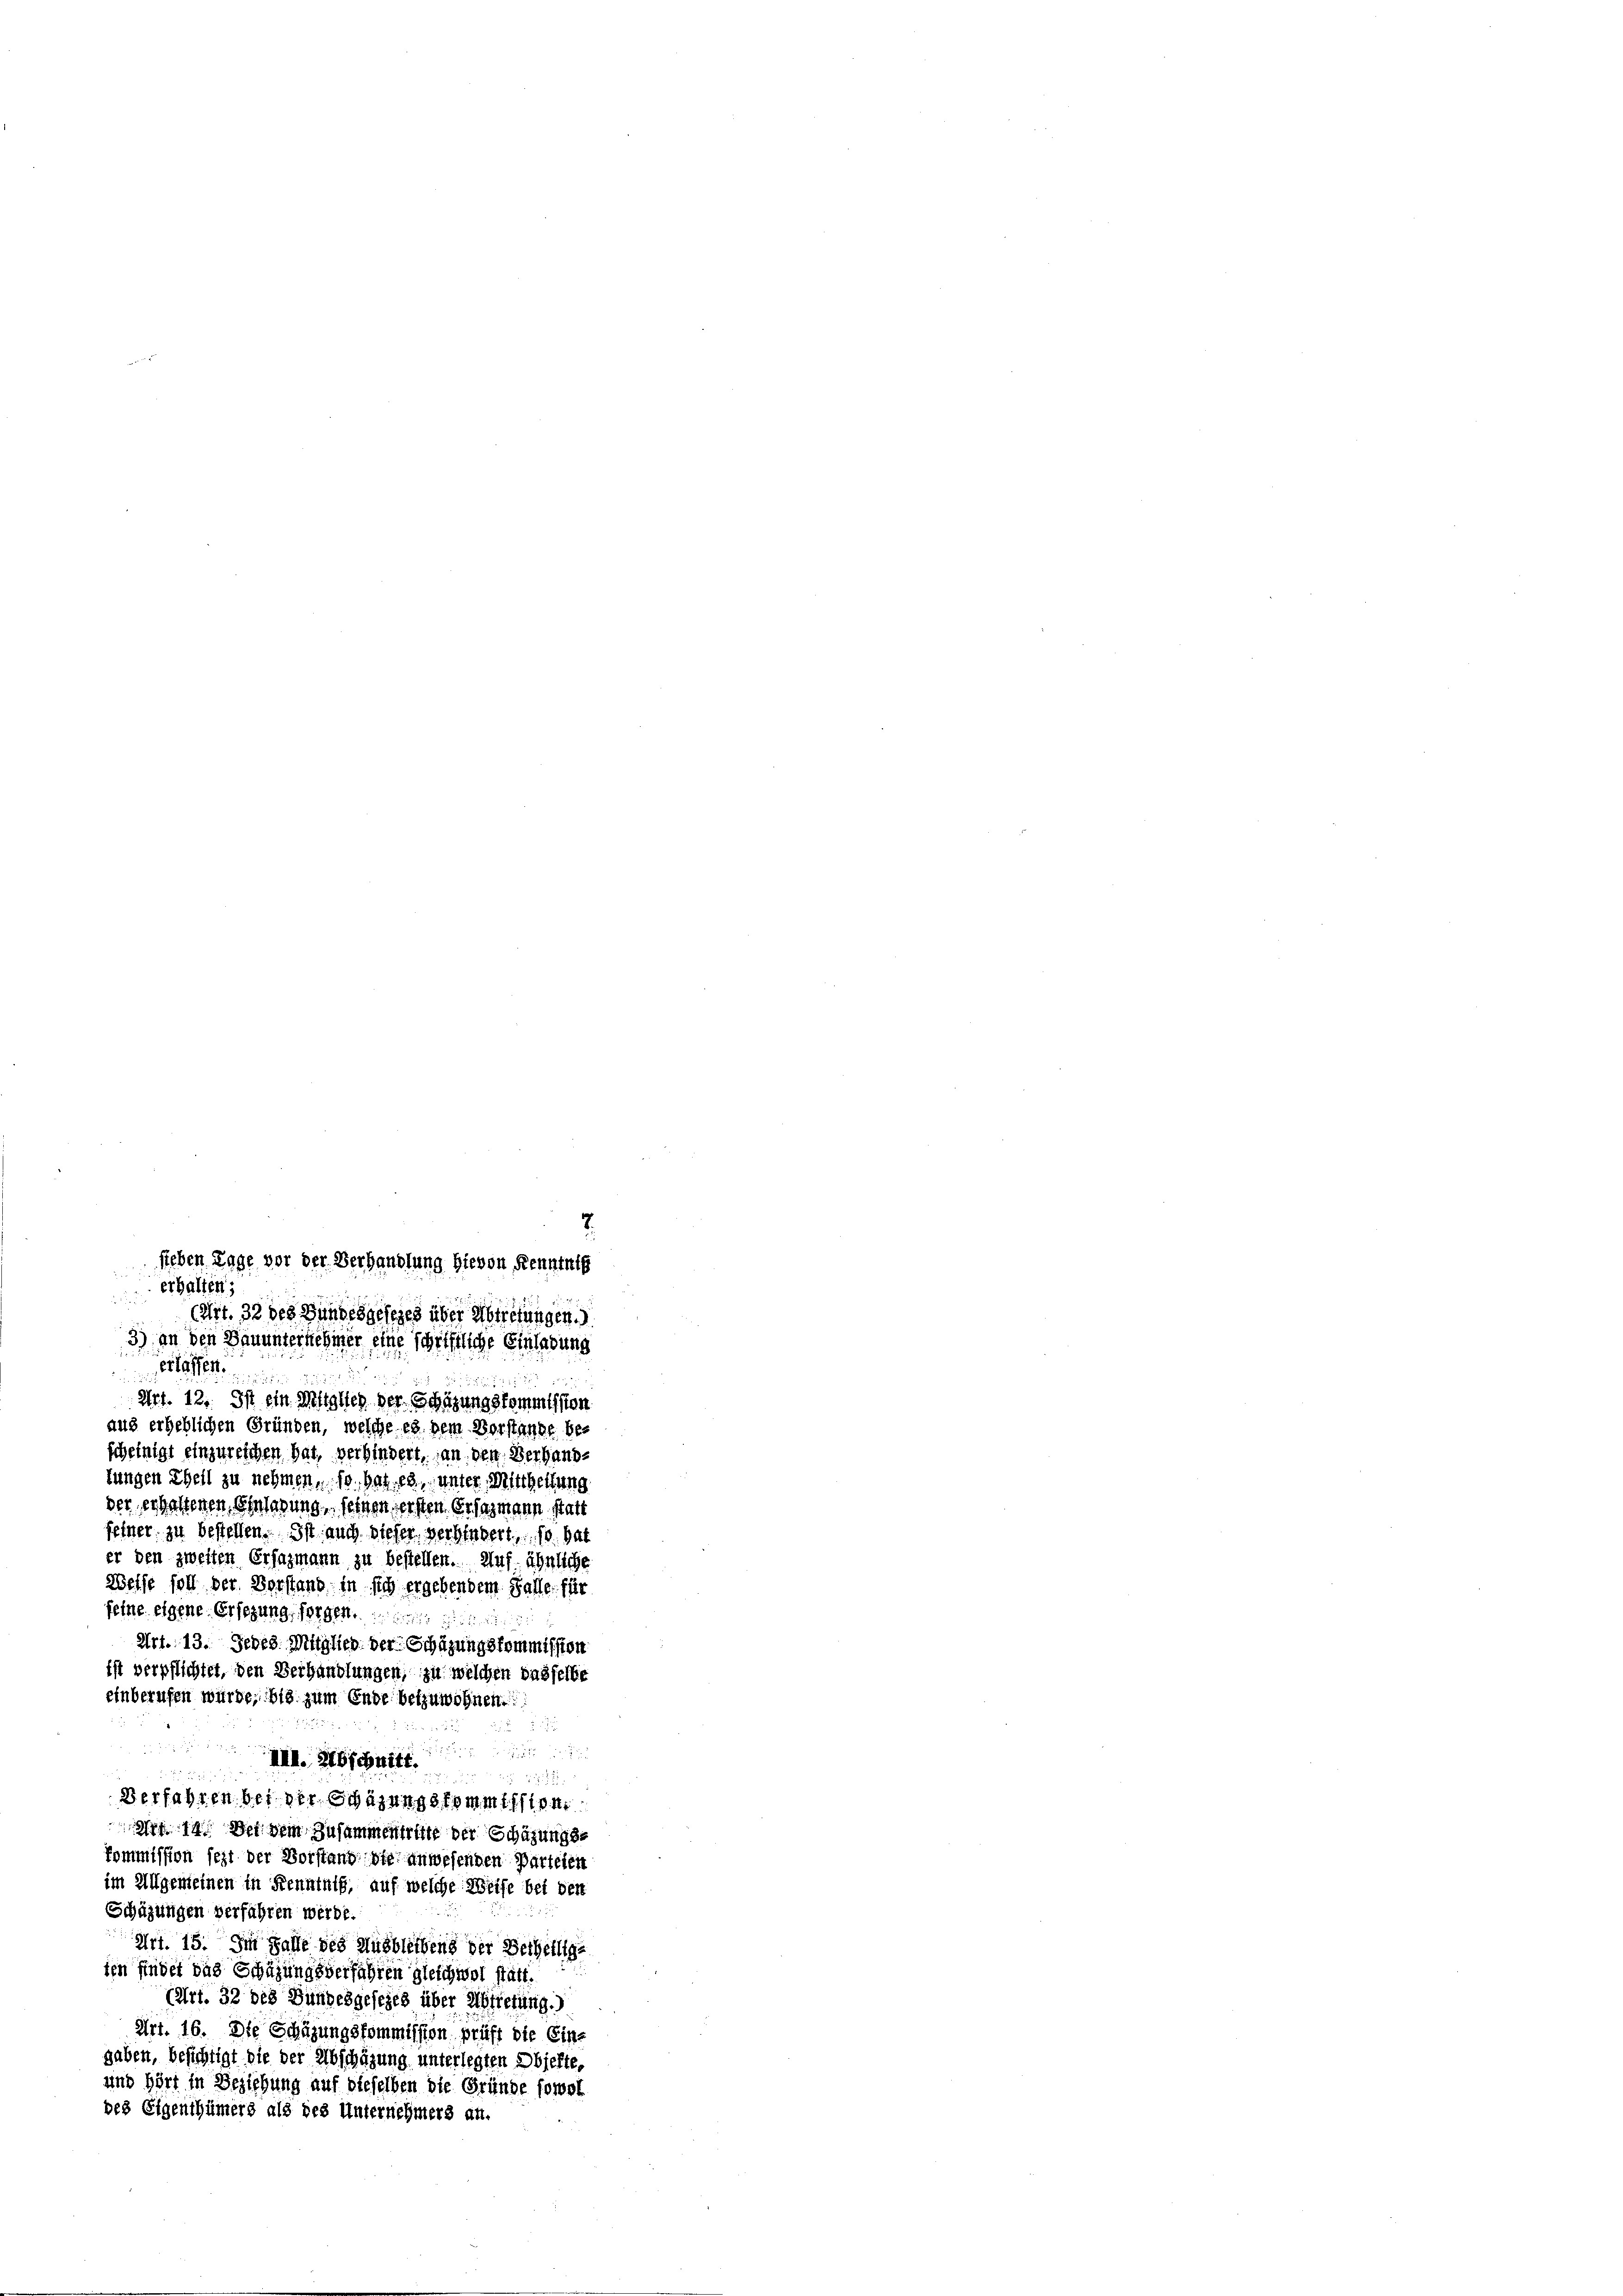
sieben Tage vor der Verhandlung hievon Renntnis
erhalten,

(Art. 32 des Bundesgesezes über Abtretungen.
3) an den Bauunternehmer eine schriftliche Einladung
affe

Art. 12. Ist ein Mitglied der Schazungskommission
aus erheblichen Gründen, welche es dem Vorstande be-
scheinigt einzureichen hat, verhindert, an den Verhandtungen Theil zu nehmen, so hat es, unter Mittheilung
der erhaltenen Einladung, seinen ersten Erfagmann statt
feiner zu bestellen. Ist auch dieser verbindert, so hat
er den zweiten Ersazmann zu bestellen. Auf ähnliche
Welfe soll der Vorstand in sich ergebendem Falle, für
feine eigene Ersezung, forgen.
Art. 13. Jedes Mitglied der Schazungskommission
ist verpflichtet, den Verhandlungen, zu welchen dasselbe
einberufen würde, bis zum Ende beizuwohnen.

III. Abschnitt.
i
Verfahren bei der Schazungskommission
Art 14. Der dem Zusammentritte der Schazungs¬
Kommission seit der Vorstand die anwesenden Partelen
im Allgemeinen in Kenntniß, auf welche Weise bei der
Schäzungen verfahren werde.
Art. 15. Im Falle des Ausbleibens der Betheilige
ien findet das Schäzungsverfahren gleichwol statt.
(Art. 32 des Bundesgesezes über Abtretung.)
Art. 16. Die Schäzungskommission, prüft die Ein-
gaben, besichtigt die der Abschazung unterlegten Objekte,
und hört in Beziehung auf dieselben die Gründe sowol
des Eigenthümers als des Unternehmers an.

7.